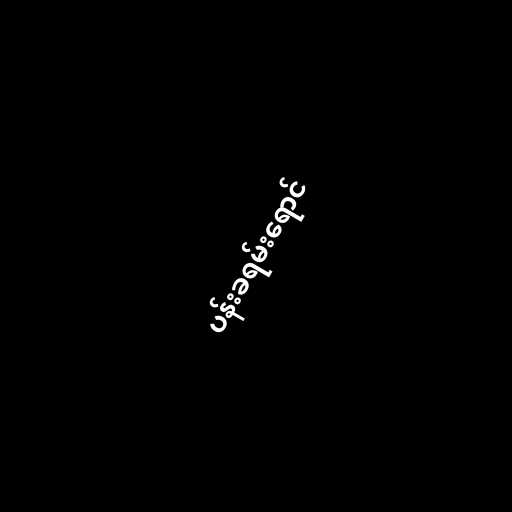
ပန်းခရမ်းရောင်